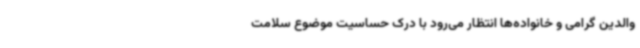
والدین گرامی و خانواده‌ها انتظار می‌رود با درک حساسیت موضوع سلامت